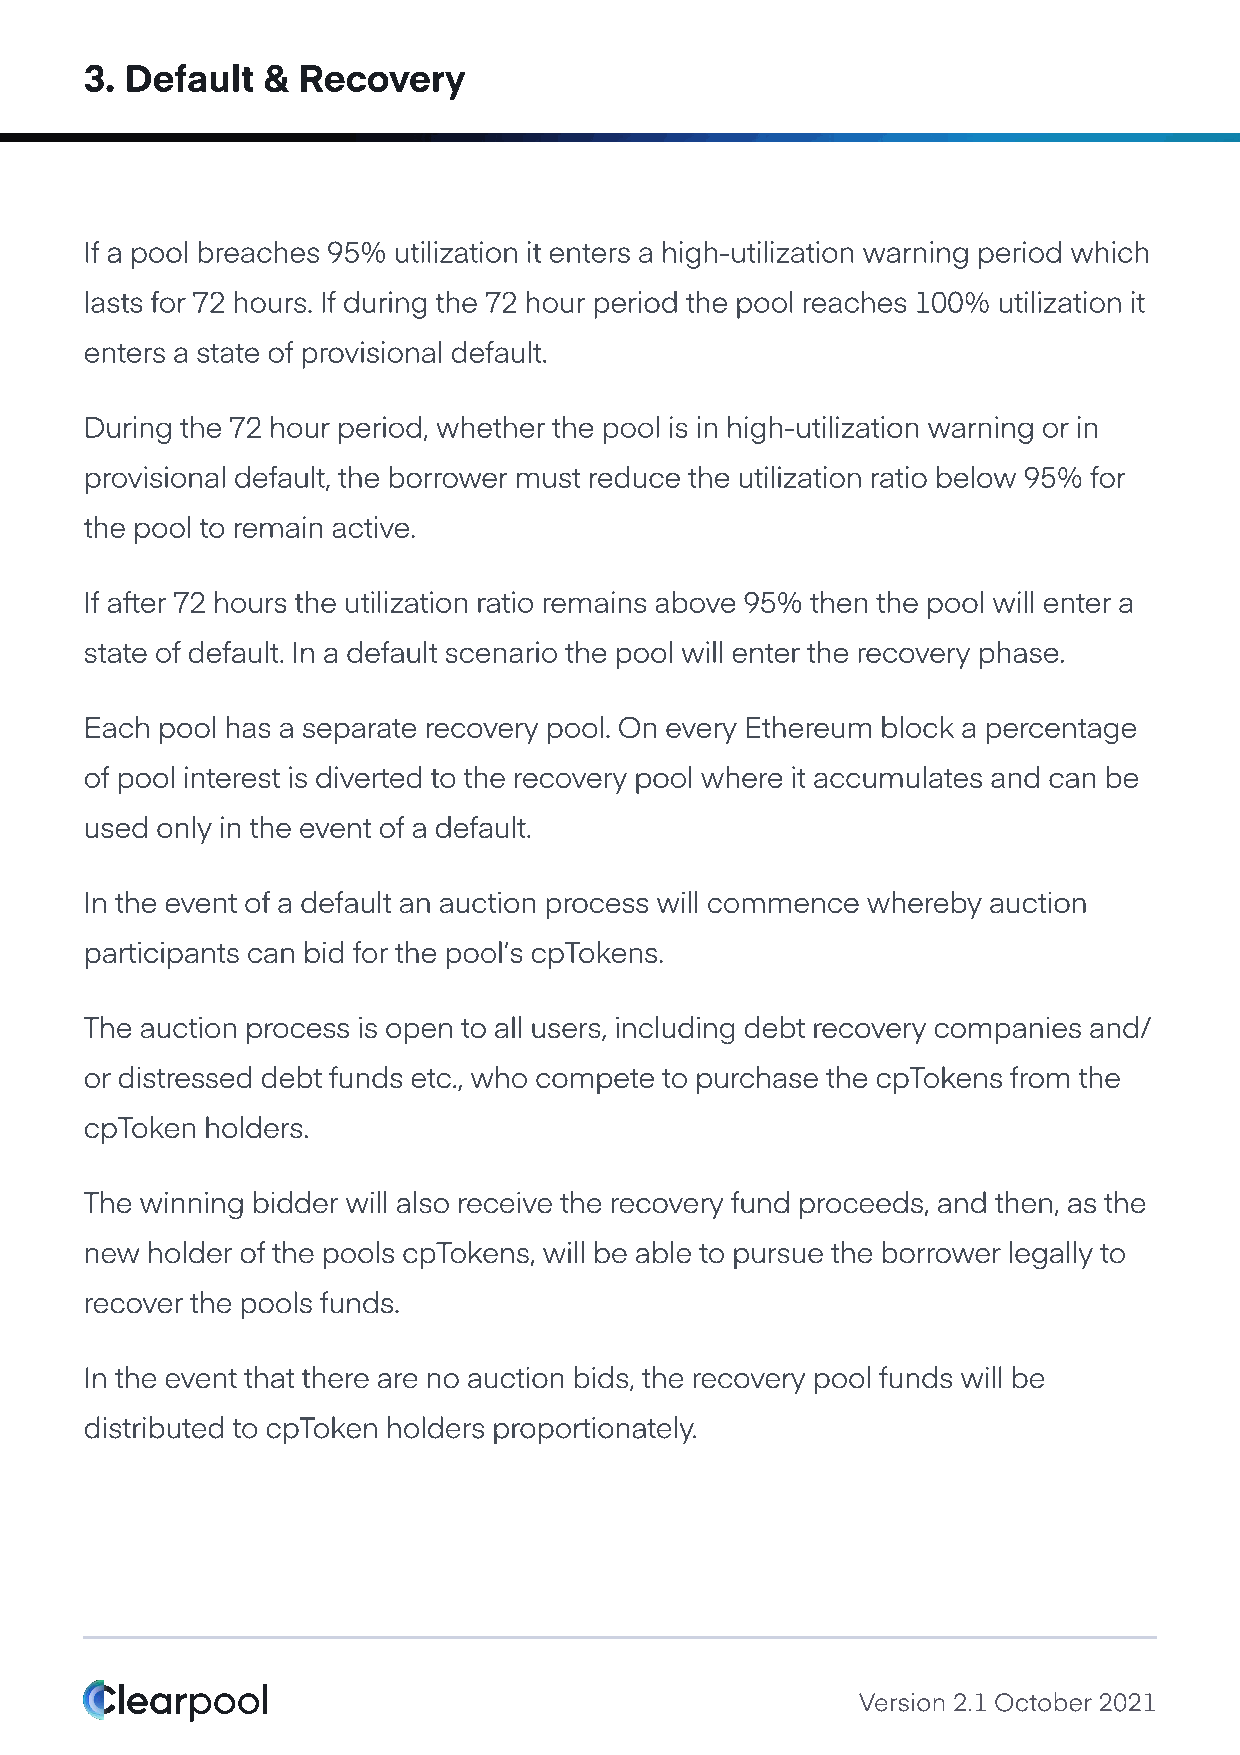
3. Default &  Recovery
 If a pool breaches 95% utilization it enters a high-utilization warning period which
 lasts for 72 hours. If during the 72 hour period the pool reaches 100% utilization it
 enters a state of provisional default.
 During the 72 hour period, whether the pool is in high-utilization warning or in
 provisional default, the borrower must reduce the utilization ratio below 95% for
 the pool to remain active.
 If after 72 hours the utilization ratio remains above 95% then the pool will enter a
 state of default. In a default scenario the pool will enter the recovery phase.
 Each pool has a separate recovery pool. On every Ethereum block a percentage
 of pool interest is diverted to the recovery pool where it accumulates and can be
 used only in the event of a default.
 In the event of a default an auction process will commence whereby auction
 participants can bid for the pool’s cpTokens.
 The auction process is open to all users, including debt recovery companies and/
 or distressed debt funds etc., who compete to purchase the cpTokens from the
 cpToken holders.
 The winning bidder will also receive the recovery fund proceeds, and then, as the
 new holder of the pools cpTokens, will be able to pursue the borrower legally to
 recover the pools funds.
 In the event that there are no auction bids, the recovery pool funds will be
 distributed to cpToken holders proportionately.
 Version 2.1 October 2021